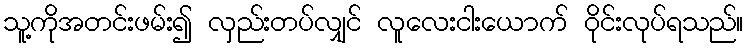
သူ့ကိုအတင်းဖမ်း၍ လှည်းတပ်လျှင် လူလေးငါးယောက် ဝိုင်းလုပ်ရသည်။